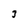
Character: 3